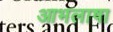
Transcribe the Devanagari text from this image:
आभलाषा